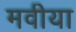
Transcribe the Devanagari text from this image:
मवीया